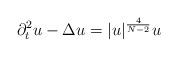
LaTeX: \begin{align*}\partial_t^2u-\Delta u=|u|^{\frac{4}{N-2}}u \end{align*}